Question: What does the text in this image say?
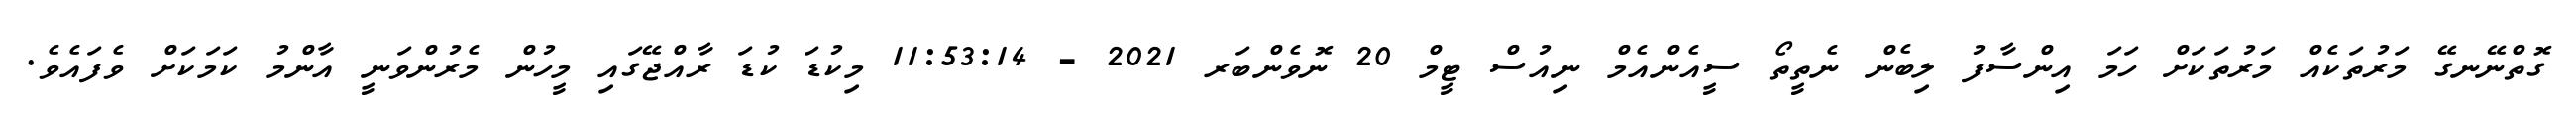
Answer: ގޮތްނޭނގޭ މަރުތަކެއް މަރުތަކަށް ހަމަ އިންސާފު ލިބެން ނެތީތޯ ސީއެންއެމް ނިއުސް ޓީމް 20 ނޮވެންބަރ 2021 - 11:53:14 މިކުޑަ ކުޑަ ރާއްޖޭގައި މީހުން މެރުންވަނީ އާންމު ކަމަކަށް ވެފައެވެ.